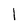
Character: l